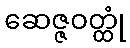
ဆေဇ္ဇဝတ္ထုံ